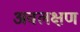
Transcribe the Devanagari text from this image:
अवलक्षण